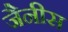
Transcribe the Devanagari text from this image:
जैनीस